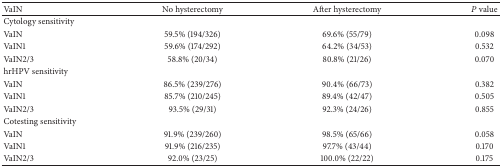
<table><thead><tr><td><b>VaIN</b></td><td><b>No hysterectomy</b></td><td><b>After hysterectomy</b></td><td><b><i>P</i> value</b></td></tr></thead><tbody><tr><td>Cytology sensitivity</td><td> </td><td> </td><td> </td></tr><tr><td>VaIN</td><td>59.5% (194/326)</td><td>69.6% (55/79)</td><td>0.098</td></tr><tr><td>VaIN1</td><td>59.6% (174/292)</td><td>64.2% (34/53)</td><td>0.532</td></tr><tr><td>VaIN2/3</td><td>58.8% (20/34)</td><td>80.8% (21/26)</td><td>0.070</td></tr><tr><td>hrHPV sensitivity</td><td> </td><td> </td><td> </td></tr><tr><td>VaIN</td><td>86.5% (239/276)</td><td>90.4% (66/73)</td><td>0.382</td></tr><tr><td>VaIN1</td><td>85.7% (210/245)</td><td>89.4% (42/47)</td><td>0.505</td></tr><tr><td>VaIN2/3</td><td>93.5% (29/31)</td><td>92.3% (24/26)</td><td>0.855</td></tr><tr><td>Cotesting sensitivity</td><td> </td><td> </td><td> </td></tr><tr><td>VaIN</td><td>91.9% (239/260)</td><td>98.5% (65/66)</td><td>0.058</td></tr><tr><td>VaIN1</td><td>91.9% (216/235)</td><td>97.7% (43/44)</td><td>0.170</td></tr><tr><td>VaIN2/3</td><td>92.0% (23/25)</td><td>100.0% (22/22)</td><td>0.175</td></tr></tbody></table>